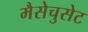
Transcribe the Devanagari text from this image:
मैसेचुसेट